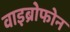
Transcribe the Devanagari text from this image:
वाइब्रोफोन